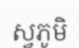
ស្វភូមិ